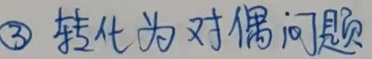
\textcircled{3} 转化为对偶问题